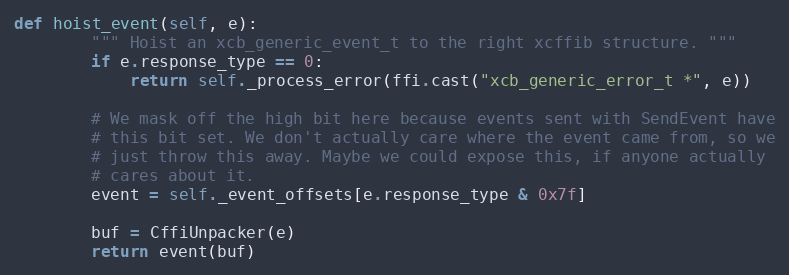
Language: Python
def hoist_event(self, e):
        """ Hoist an xcb_generic_event_t to the right xcffib structure. """
        if e.response_type == 0:
            return self._process_error(ffi.cast("xcb_generic_error_t *", e))

        # We mask off the high bit here because events sent with SendEvent have
        # this bit set. We don't actually care where the event came from, so we
        # just throw this away. Maybe we could expose this, if anyone actually
        # cares about it.
        event = self._event_offsets[e.response_type & 0x7f]

        buf = CffiUnpacker(e)
        return event(buf)